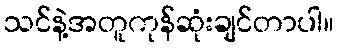
သင်နဲ့အတူကုန်ဆုံးချင်တာပါ။